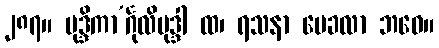
၂၈၇။ မုဒ္ဒိကာ’င်္ဂုလိမုဒ္ဒါ ထ၊ ရသနာ မေခလာ ဘဝေ။